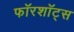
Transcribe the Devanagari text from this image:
फॉरशॉट्स